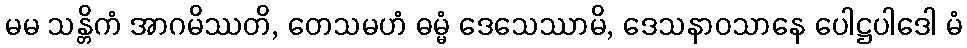
မမ သန္တိကံ အာဂမိဿတိ, တေသမဟံ ဓမ္မံ ဒေသေဿာမိ, ဒေသနာဝသာနေ ပေါဋ္ဌပါဒေါ မံ